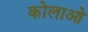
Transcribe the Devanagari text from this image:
कोलाओ